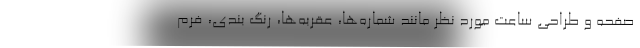
صفحه و طراحی ساعت مورد نظر مانند شماره‌ها، عقربه‌ها، رنگ بندی، فرم